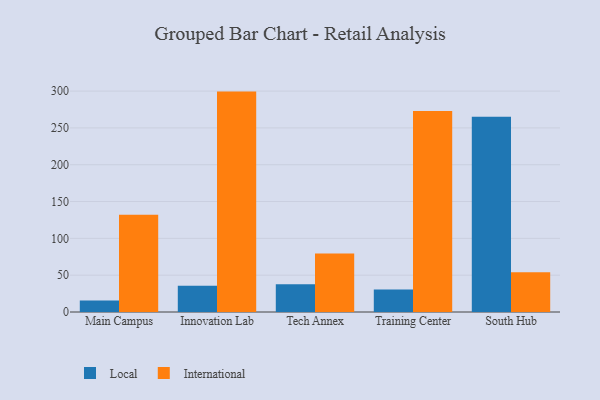
{"axis": {"x": "Campus", "y": "Humidity (%)"}, "legend": ["International", "Local"], "data": [{"x": "Main Campus", "y": 15.5, "type": "Local"}, {"x": "Main Campus", "y": 132.0, "type": "International"}, {"x": "Innovation Lab", "y": 35.5, "type": "Local"}, {"x": "Innovation Lab", "y": 299.3, "type": "International"}, {"x": "Tech Annex", "y": 37.6, "type": "Local"}, {"x": "Tech Annex", "y": 79.5, "type": "International"}, {"x": "Training Center", "y": 30.5, "type": "Local"}, {"x": "Training Center", "y": 273.1, "type": "International"}, {"x": "South Hub", "y": 265.0, "type": "Local"}, {"x": "South Hub", "y": 53.9, "type": "International"}]}